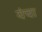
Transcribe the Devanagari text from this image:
यंचा